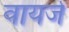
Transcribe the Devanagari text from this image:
वायर्ज